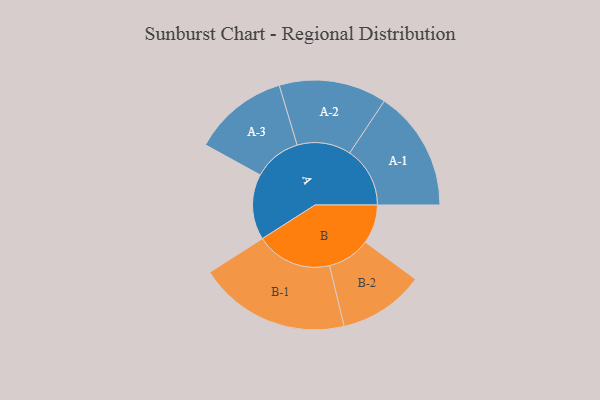
{"axis": {"x": "Segment", "y": "Value"}, "legend": ["", "A", "B"], "data": [{"x": "A", "y": 256, "type": ""}, {"x": "B", "y": 152, "type": ""}, {"x": "A-1", "y": 235, "type": "A"}, {"x": "A-2", "y": 210, "type": "A"}, {"x": "A-3", "y": 186, "type": "A"}, {"x": "B-1", "y": 296, "type": "B"}, {"x": "B-2", "y": 167, "type": "B"}]}